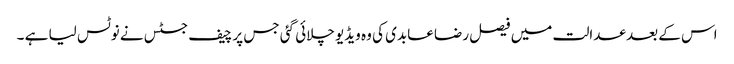
اس کے بعد عدالت میں فیصل رضا عابدی کی وہ ویڈیو چلائی گئی جس پر چیف جسٹس نے نوٹس لیا ہے ۔